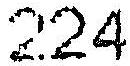
224